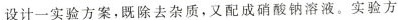
设计一实验方案，既除去杂质，又配成硝酸钠溶液。实验方